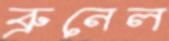
ব্রুনেল